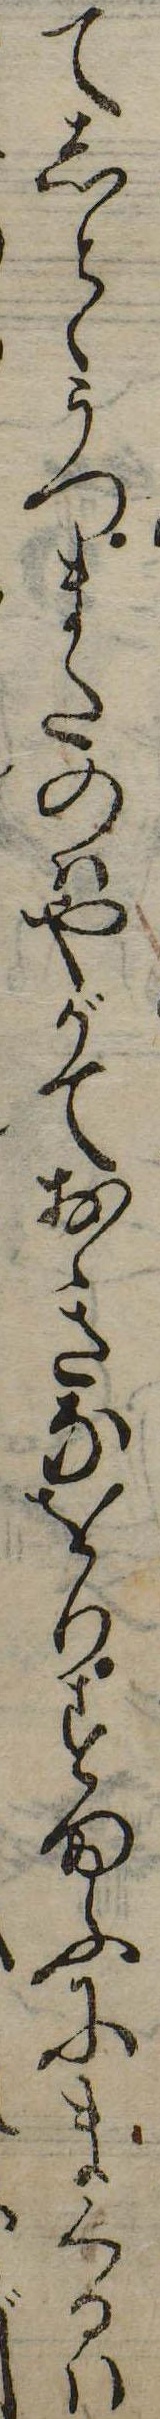
てしとゝうつまたのはやがておきなをりすまふにまくるは